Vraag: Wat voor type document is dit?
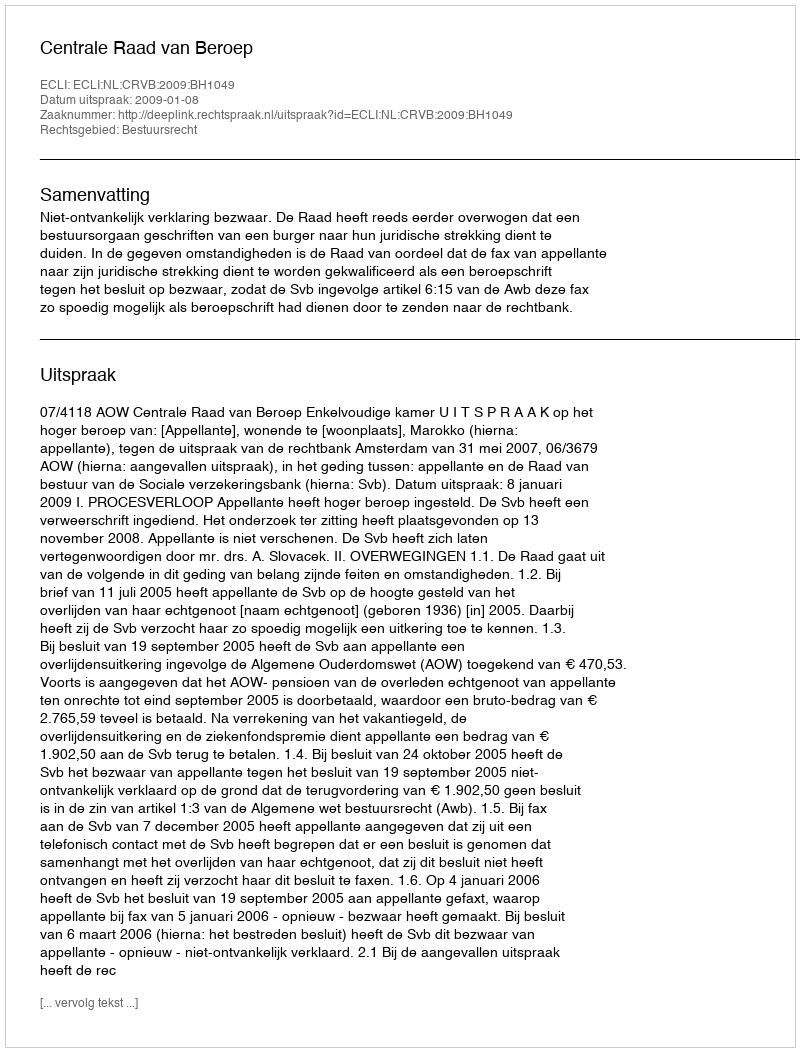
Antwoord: Uitspraak